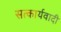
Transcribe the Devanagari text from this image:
सत्कार्यवादी